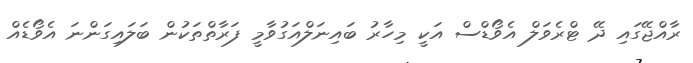
ރާއްޖޭގައި ދޭ ޓްރެވަލް އެވޯޑްސް އަކީ މިހާރު ބައިނަލްއަގުވާމީ ފަރާތްތަކުން ބަލައިގަންނަ އެވޯޑެއް